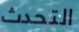
التحدث